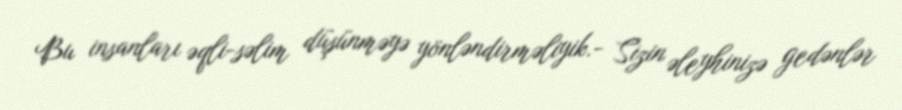
Bu insanları əqli-səlim düşünməyə yönləndirməliyik.- Sizin əleyhinizə gedənlər